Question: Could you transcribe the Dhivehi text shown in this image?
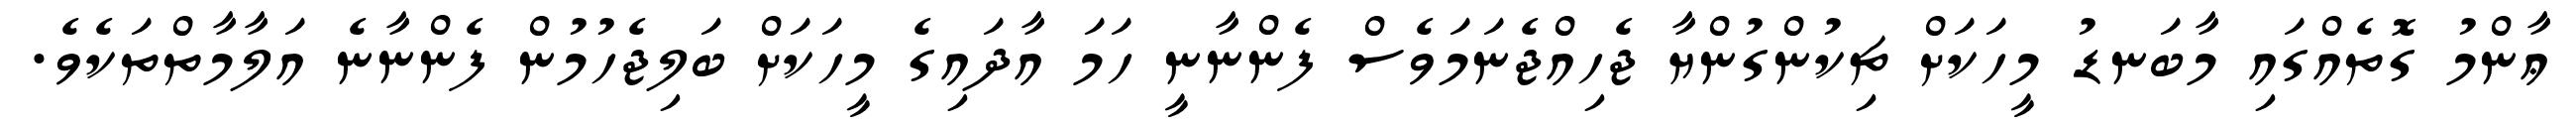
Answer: ޢާންމު ގޮތެއްގައި މާބަނޑު މީހަކަށް ޗިކުންގުންޔާ ޖެހިއްޖެނަމަވެސް ފެންނާނީ ހަމަ އާދައިގެ މީހަކަށް ބަލިޖެހުމުން ފެންނާނެ އަލާމާތްތަކެވެ.